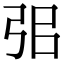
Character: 𢏈